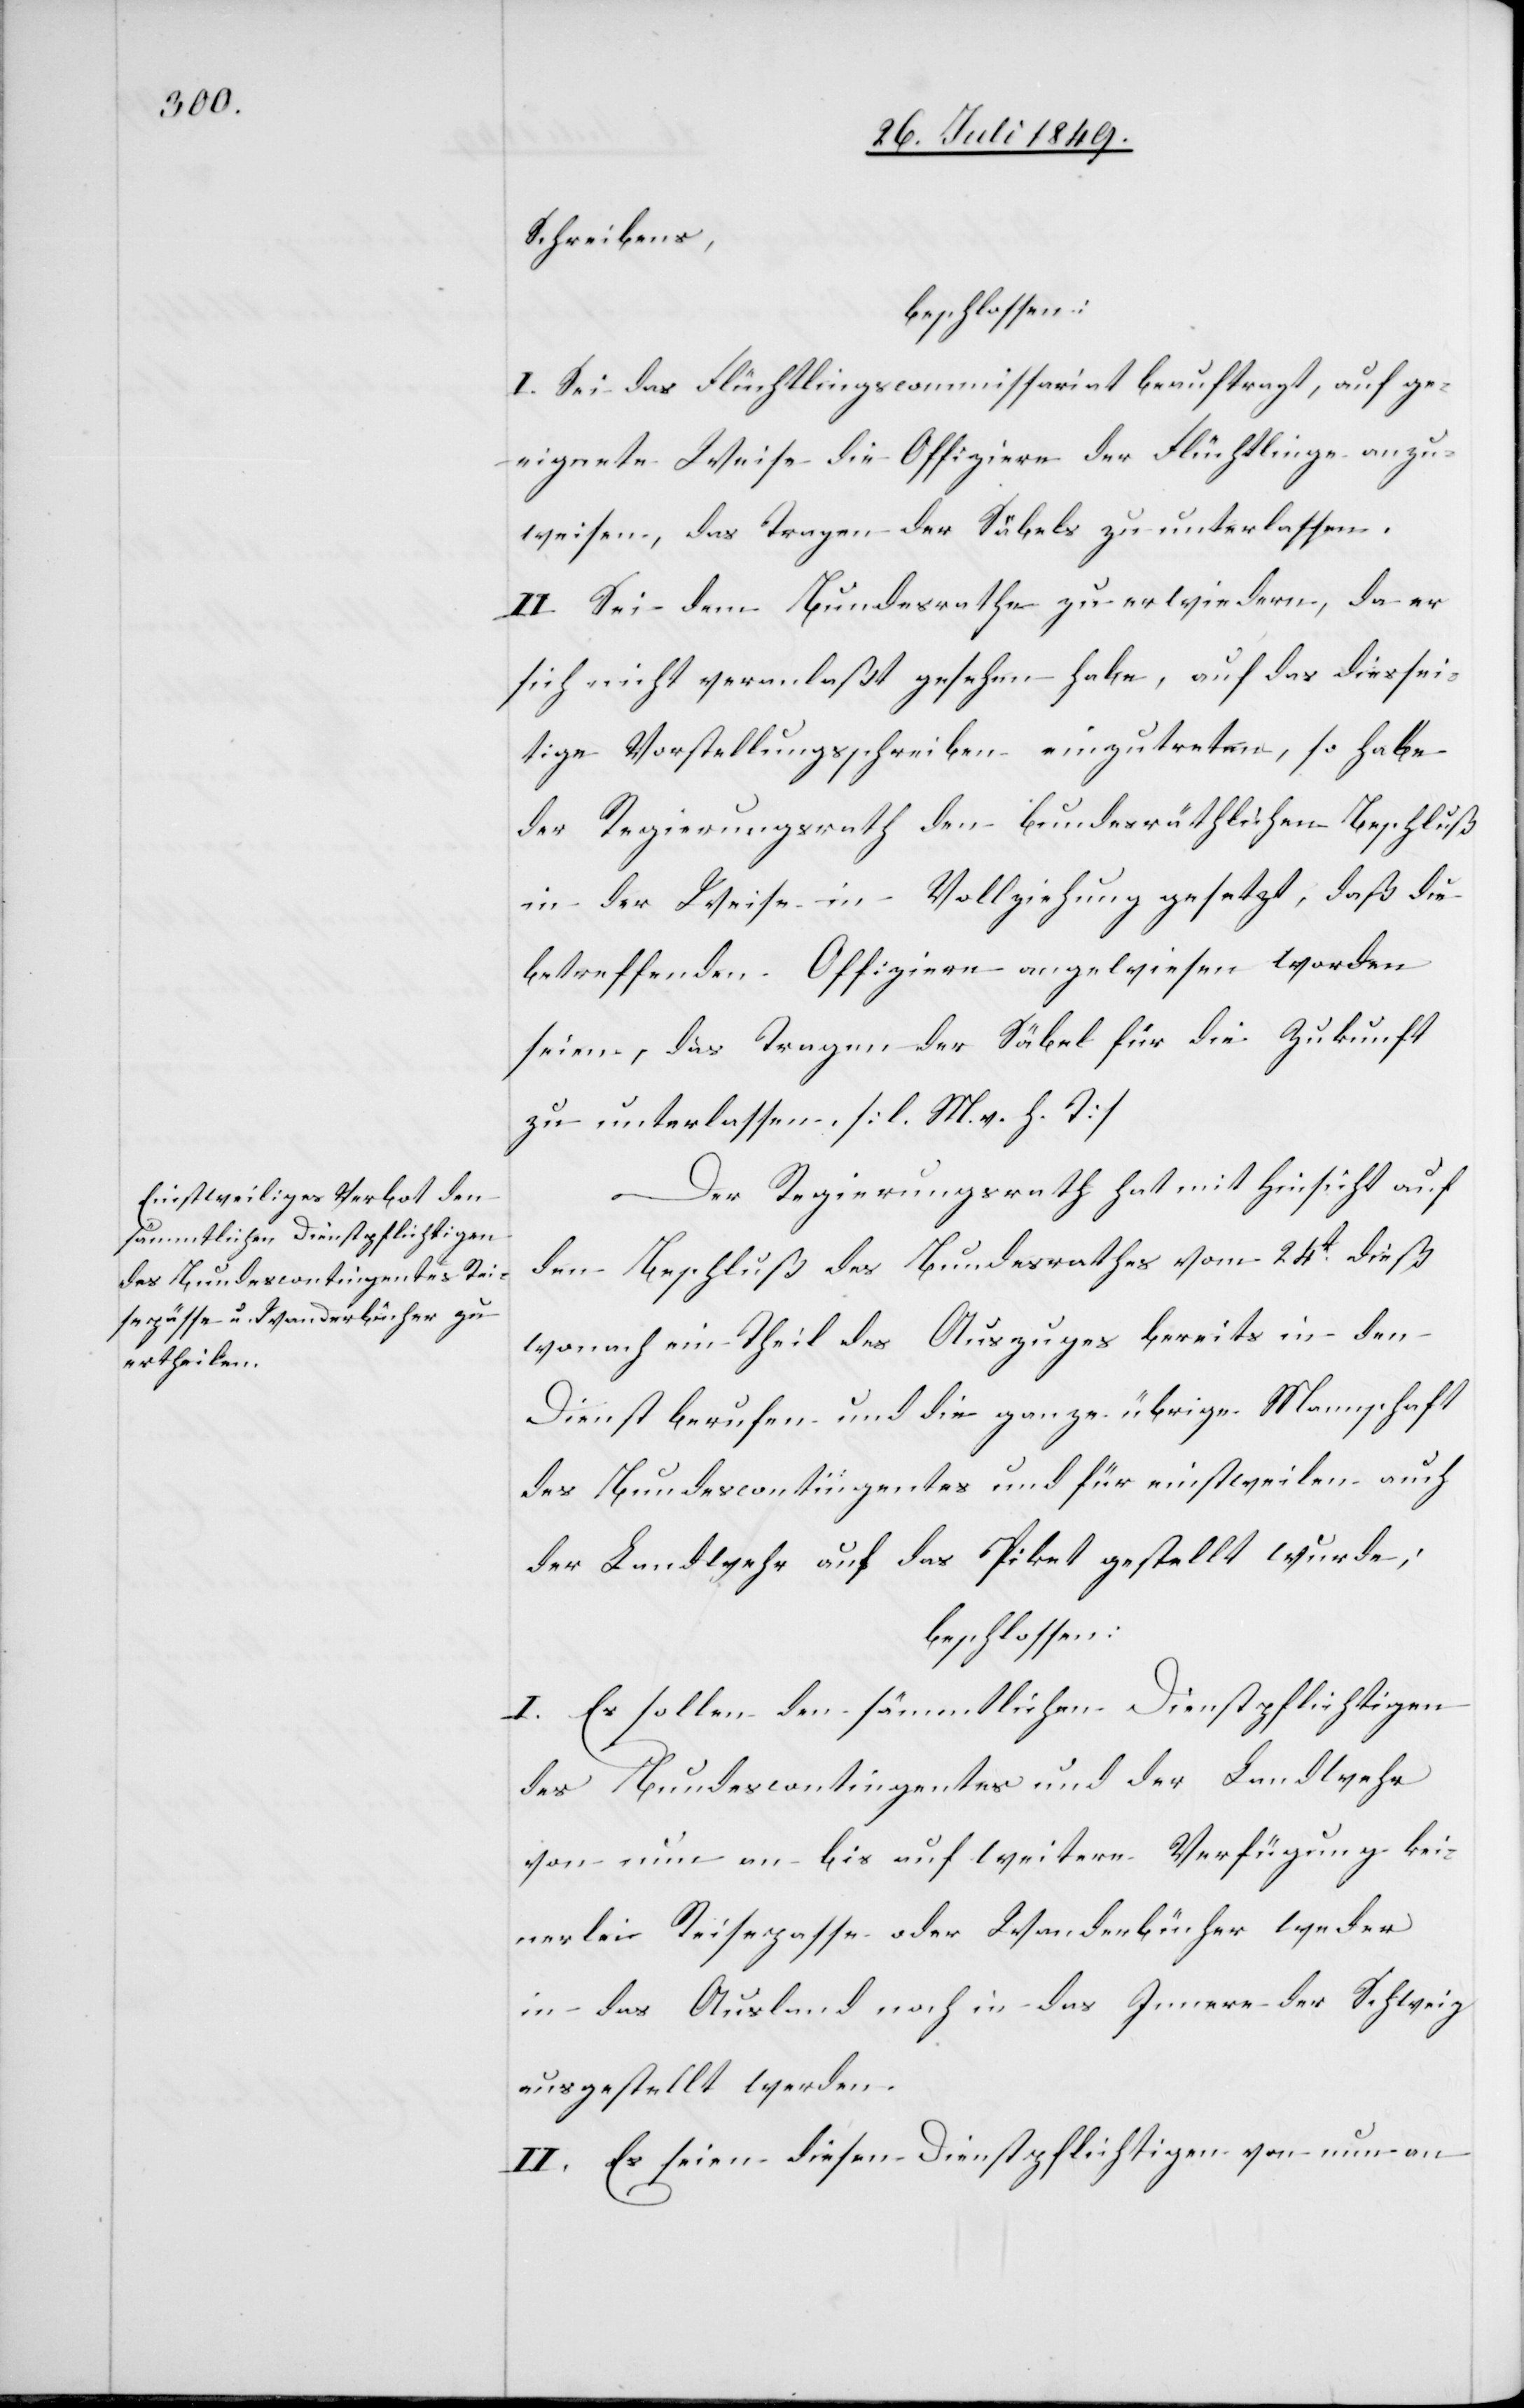
Schreibens,
beschlossen:
I. Sei das Flüchtlingscommissariat beauftragt, auf ge¬
eignete Weise die Offiziere der Flüchtlinge anzu¬
weisen, das Tragen der [sic!] Säbels zu unterlassen.
II. Sei dem Bundesrathe zu erwiedern, da er
sich nicht veranlaßt gesehen habe, auf das diessei¬
tige Vorstellungsschreiben einzutreten, so habe
der Regierungsrath den bundesräthlichen Beschluß
in der Weise in Vollziehung gesetzt, daß die
betreffenden Offiziere angewiesen worden
seien, das Tragen der Säbel für die Zukunft
zu unterlassen. [l. M. v. h. T]
Der Regierungsrath hat mit Hinsicht auf
den Beschluß des Bundesrathes vom 24t dieß
wonach ein Theil des Auszuges bereits in den
Dienst berufen und die ganze übrige Mannschaft
des Bundescontingentes und für einstweilen auch
der Landwehr auf das Piket gestellt wurde;
beschlossen:
I. Es sollen den sämmtlichen Dienstpflichtigen
des Bundescontingentes und der Landwehr
von nun an bis auf weitere Verfügung kei¬
nerlei Reisepasse oder Wanderbücher weder
in das Ausland noch in das Innere der Schweiz
ausgestellt werden.
II. Es seien diesen Dienstpflichtigen von nun an